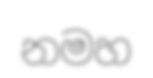
නමහ